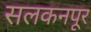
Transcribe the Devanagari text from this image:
सलकनपूर